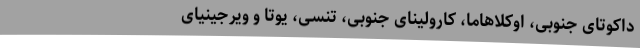
داکوتای جنوبی، اوکلاهاما، کارولینای جنوبی، تنسی، یوتا و ویرجینیای